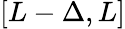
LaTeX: [L-\Delta,L]